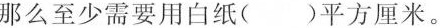
那么至少需要用白纸()平方厘米。